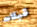
قبلات